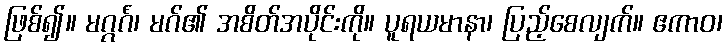
ဖြစ်၍။ မဂ္ဂင်္ဂံ၊ မဂ်၏ အစိတ်အပိုင်းကို။ ပူရယမာနာ၊ ပြည့်စေလျက်။ ဧကာဝ၊